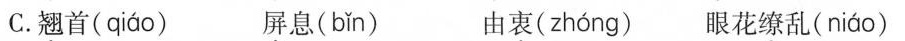
C. 翘首( qiáo ) 屏息( bǐn ) 由衷( zhóng ) 眼花缭乱( niáo )